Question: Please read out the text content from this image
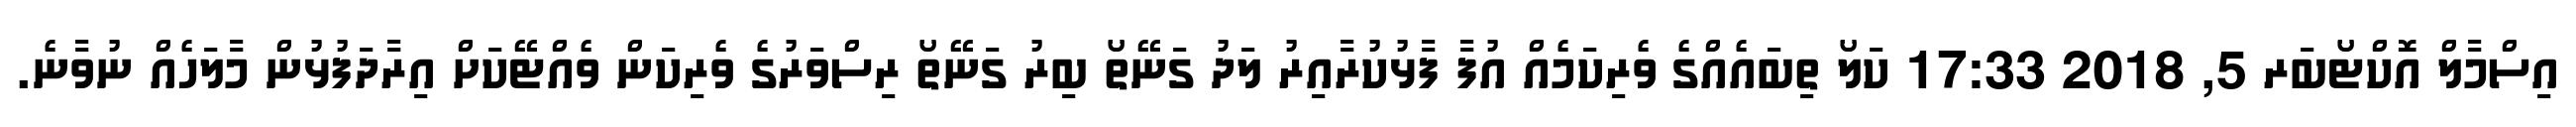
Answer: އިސްމާލް އޮކްޓޯބަރ 5, 2018 17:33 ކަލޯ ތިބައެއްގެ ވެރިކަމެއް އުފާ ފާޅުކުރާއިރު ލަދު ގަނޭތޯ ބިރު ގަނޭތޯ ރިސްވަރުގެ ވެރިކަން ވެއްޓޭކަށް އިރާދަފުޅުން މާލަހެއް ނުވާނެ.